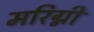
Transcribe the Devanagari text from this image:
मरिग्नी